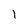
Character: 1